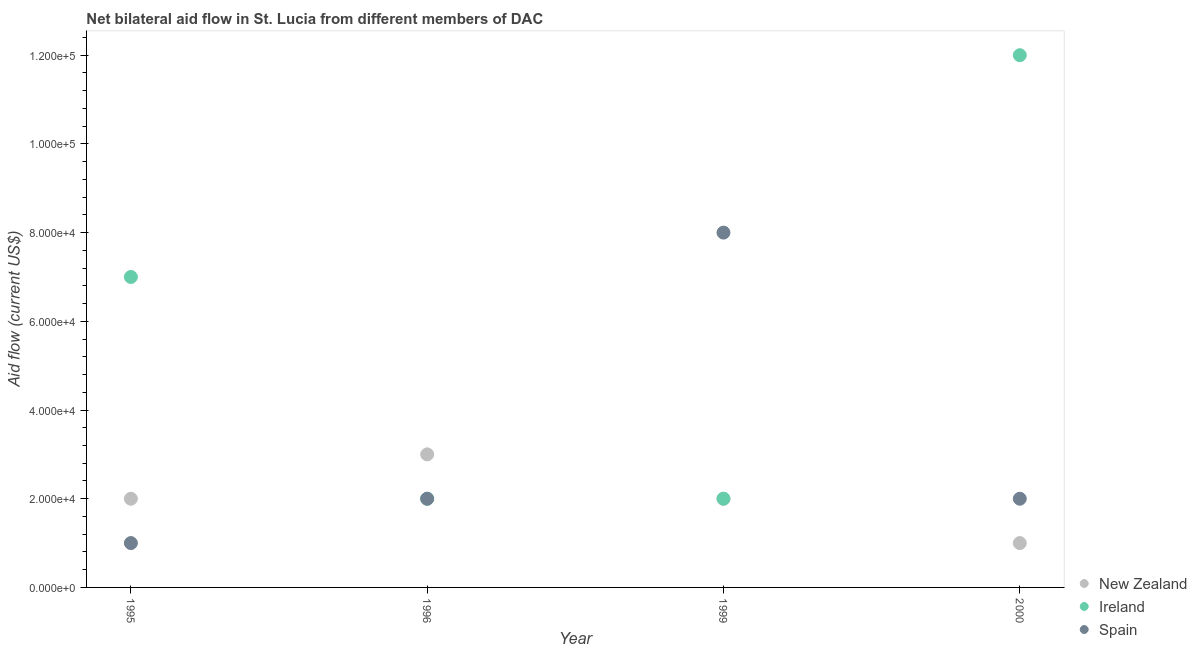
| Year | New Zealand | Ireland | Spain |
 | --- | --- | --- | --- |
 | 1995 | 2e+04 | 7e+04 | 1e+04 |
 | 1996 | 3e+04 | 2e+04 | 2e+04 |
 | 1999 | 2e+04 | 2e+04 | 8e+04 |
 | 2000 | 1e+04 | 1.2e+05 | 2e+04 |